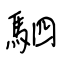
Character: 駟